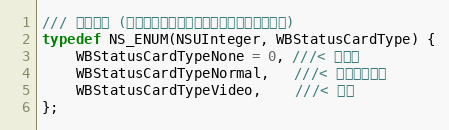
Language: C
/// 卡片类型 (这里随便写的，只适配了微博中常见的类型)
typedef NS_ENUM(NSUInteger, WBStatusCardType) {
    WBStatusCardTypeNone = 0, ///< 没卡片
    WBStatusCardTypeNormal,   ///< 一般卡片布局
    WBStatusCardTypeVideo,    ///< 视频
};